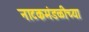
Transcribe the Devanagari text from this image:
नाटकमंडळीच्या